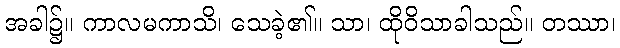
အခါ၌။ ကာလမကာသိ၊ သေခဲ့၏။ သာ၊ ထိုဝိသာခါသည်။ တဿာ၊